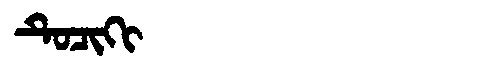
Manchu: ᡨᡠᠴᡳᡴᡳ
Romanization: TUCIKI